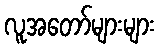
လူအတော်များများ